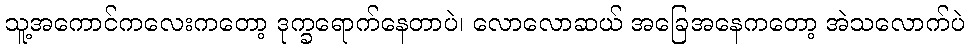
သူ့အကောင်ကလေးကတော့ ဒုက္ခရောက်နေတာပဲ၊ လောလောဆယ် အခြေအနေကတော့ အဲသလောက်ပဲ